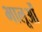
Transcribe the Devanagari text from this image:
भालूओंं